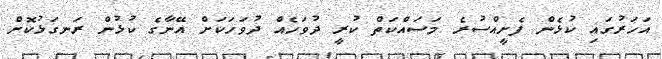
އަހަރުގައި ކުޅެން ފެށީއްސުރެ މަސައްކަތް ކުރީ ދުވަހެއް ދުވަހަކަށް އޭނާގެ ކުޅުން ރަނގަޅުކޮށް